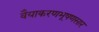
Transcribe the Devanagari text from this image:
वैयाकरणभूषणसार